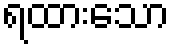
ရထားသော